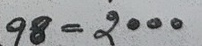
98 = 2000